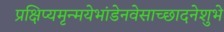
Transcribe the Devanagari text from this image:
प्रक्षिप्यमृन्मयेभांडेनवेसाच्छादनेशुभे